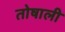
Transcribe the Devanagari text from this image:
तोषाली